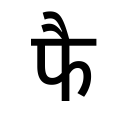
OCR:
फै